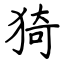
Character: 猗